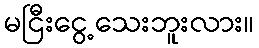
မငြီးငွေ့သေးဘူးလား။